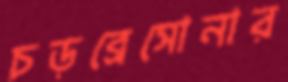
চড়ব্রেসোনার